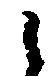
候